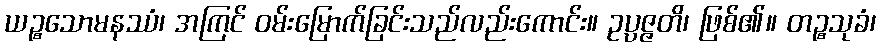
ယဉ္စသောမနဿံ၊ အကြင် ဝမ်းမြောက်ခြင်းသည်လည်းကောင်း။ ဥပ္ပဇ္ဇတိ၊ ဖြစ်၏။ တဉ္စသုခံ၊